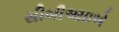
સીબીઆઇએ